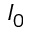
I _ { 0 }